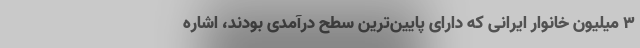
۳ میلیون خانوار ایرانی که دارای پایین‌ترین سطح درآمدی بودند، اشاره